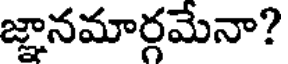
జ్ఞానమార్గమేనా?